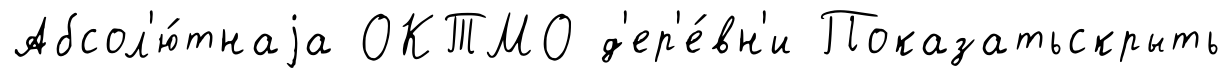
Абсол'ю́тнаjа ОКТМО д'ер'е́вн'и Показатьскрыть